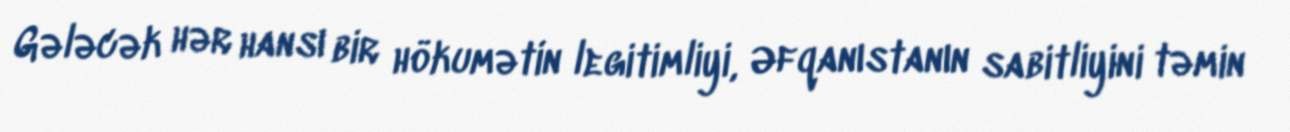
Gələcək hər hansı bir hökumətin legitimliyi, Əfqanıstanın sabitliyini təmin